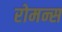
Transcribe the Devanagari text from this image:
रोमन्स